Lunatic asylums Central Provinces reports 1910-1926 - 1910-1926
Year: 1910
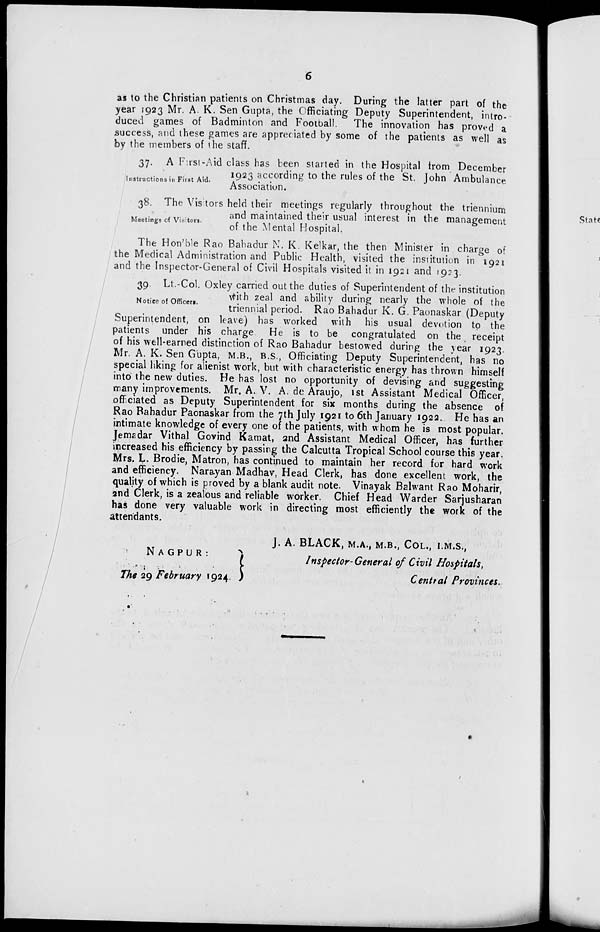
6
as to the Christian patients on Christmas day. During the latter part of the
year 1923 Mr. A. K. Sen Gupta, the Officiating Deputy Superintendent, intro-
duced games of Badminton and Football.
The innovation has proved a
success, and these games are appreciated by some of the patients as well as
by the members of the staff.
Instructions in First Aid.
37. A First-Aid class has been started in the Hospital from December
1923 according to the rules of the St. John Ambulance
Association.
Meetings of Visitors.
38. The Visitors held their meetings regularly throughout the triennium
and maintained their usual interest in the management
of the Mental Hospital.
The Hon'ble Rao Bahadur N. K. Kelkar, the then Minister in charge of
the Medical Administration and Public Health, visited the institution in 1921
and the Inspector-General of Civil Hospitals visited it in 1921 and 1923.
Notice of Officers.
39. Lt.-Col. Oxley carried out the duties of Superintendent of the institution
with zeal and ability during nearly the whole of the
triennial period. Rao Bahadur K. G. Paonaskar (Deputy
Superintendent, on leave) has worked with his usual devotion to the
patients under his charge. He is to be congratulated on the receipt
of his well-earned distinction of Rao Bahadur bestowed during the year 1923.
Mr. A. K. Sen Gupta, M.B., B.S., Officiating Deputy Superintendent, has no
special liking for alienist work, but with characteristic energy has thrown himself
into the new duties. He has lost no opportunity of devising and suggesting
many improvements. Mr. A. V. A. de Araujo, 1st Assistant Medical Officer,
officiated as Deputy Superintendent for six months during the absence of
Rao Bahadur Paonaskar from the 7th July 1921 to 6th January 1922. He has an
intimate knowledge of every one of the patients, with whom he is most popular.
Jemadar Vithal Govind Kamat, and Assistant Medical Officer, has further
increased his efficiency by passing the Calcutta Tropical School course this year.
Mrs. L. Brodie, Matron, has continued to maintain her record for hard work
and efficiency. Narayan Madhav, Head Clerk, has done excellent work, the
quality of which is proved by a blank audit note. Vinayak Balwant Rao Moharir,
2nd Clerk, is a zealous and reliable worker. Chief Head Warder Sarjusharan
has done very valuable work in directing most efficiently the work of the
attendants.
NAGPUR:
The 29 February 1924.
J. A. BLACK, M.A., M.B., COL., I.M.S.,
Inspector-General of Civil Hospitals,
Central Provinces.